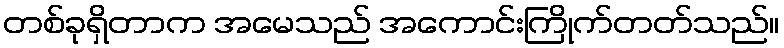
တစ်ခုရှိတာက အမေသည် အကောင်းကြိုက်တတ်သည်။